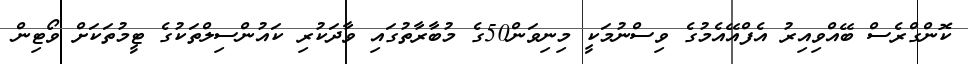
ކޮންގްރެސް ބޭއްވިއިރު އެފްއޭއެމުގެ ވިސްނުމަކީ މިނިވަން50ގެ މުބާރާތުގައި ވާދަކުރި ކައުންސިލްތަކުގެ ޓީމުތަކަށް ވޯޓިން